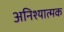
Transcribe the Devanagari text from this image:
अनिश्यात्मक